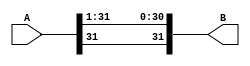
module right_shift_by_1(B, A);
	input [31:0] A;
	output [31:0] B;

	genvar a;
	generate
	for (a=0; a < 31; a = a + 1) begin: lp1
		assign B[a] = A[a+1];
	end
	assign B[31] = A[31];
	endgenerate
endmodule